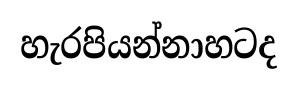
හැරපියන්නාහටද